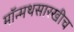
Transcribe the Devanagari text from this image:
मॉन्मथसारखीच